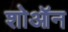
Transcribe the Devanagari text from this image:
शोऑन